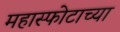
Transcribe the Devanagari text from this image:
महास्फोटाच्या